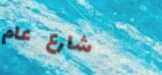
شارع عام